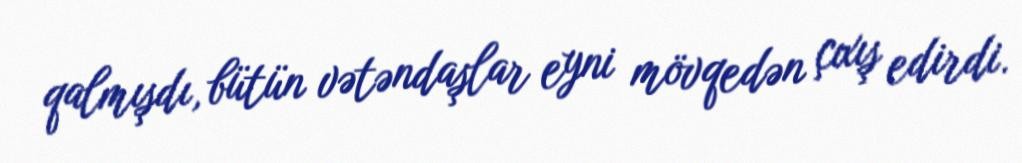
qalmışdı, bütün vətəndaşlar eyni mövqedən çıxış edirdi.